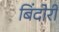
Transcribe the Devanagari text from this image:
बिंदोरी